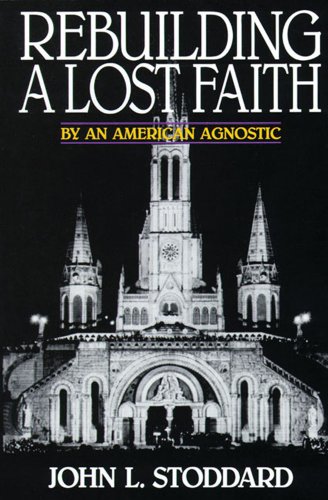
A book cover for Rebuilding A Lost Faith: By an American Agnostic; John L. Stoddard; Religion & Spirituality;